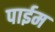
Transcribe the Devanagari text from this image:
पाईम